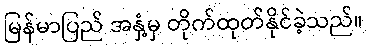
မြန်မာပြည် အနှံ့မှ တိုက်ထုတ်နိုင်ခဲ့သည်။